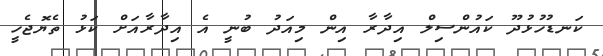
ކަނޑުހުޅުދޫ ކައުންސިލް އިދާރާ އިން މިއަދު ބުނީ އެ އިދާރާއަށް ކަޅު ތެޔޮޖެހީ